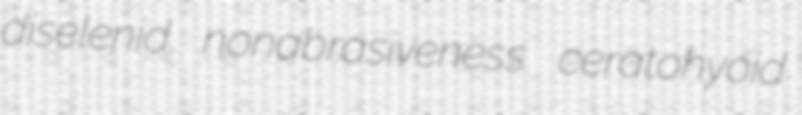
diselenid nonabrasiveness ceratohyoid